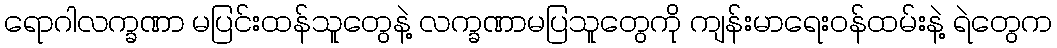
ရောဂါလက္ခဏာ မပြင်းထန်သူတွေနဲ့ လက္ခဏာမပြသူတွေကို ကျန်းမာရေးဝန်ထမ်းနဲ့ ရဲတွေက